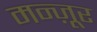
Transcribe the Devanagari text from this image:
मन्ज़ूर